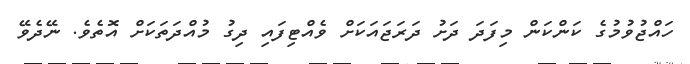
ހައްޖުވުމުގެ ކަންކަން މިފަދަ ދަށު ދަރަޖައަކަށް ވެއްޓިފައި ދިގު މުއްދަތަކަށް އޮތެވެ. ނޭދެވޭ